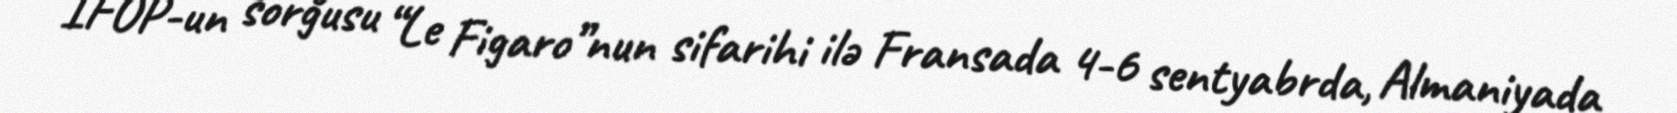
IFOP-un sorğusu “Le Figaro”nun sifarihi ilə Fransada 4-6 sentyabrda, Almaniyada